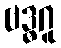
ဗဒ္ဓဂူ